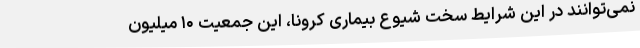
نمی‌توانند در این شرایط سخت شیوع بیماری کرونا، این جمعیت ۱۰ میلیون